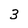
Character: 3